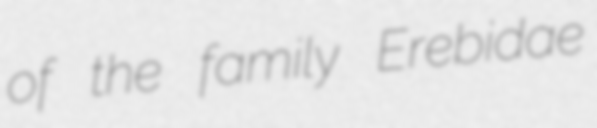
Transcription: of the family Erebidae